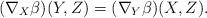
LaTeX: \begin{align*} (\nabla_X\beta)(Y,Z)=(\nabla_Y\beta)(X,Z).\end{align*}